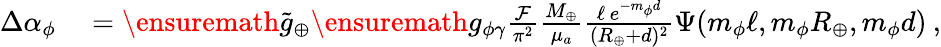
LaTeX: \begin{array}{rl}{\Delta\alpha_{\phi}}&{{}=\ensuremath{\tilde{g}_{\oplus}}\ensuremath{g_{\phi\gamma}}\frac{\mathcal{F}}{\pi^{2}}\frac{M_{\oplus}}{\mu_{a}}\frac{\ell\, e^{-m_{\phi}d}}{(R_{\oplus}+d)^{2}}\Psi(m_{\phi}\ell,m_{\phi}R_{\oplus},m_{\phi}d)\: ,}\end{array}